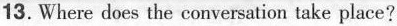
13.Where does the conversation take place?